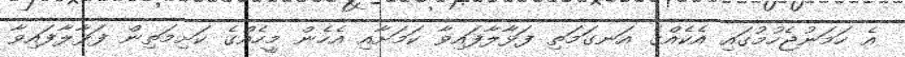
އެ ހަމަނުޖެހުމުގައި އެކެއްގެ އަނގަމަތި ފަޅާލާފައިވާ ކަމަށާއި އެހެން މީހެއްގެ ކަށިމަތިން ފަޅާލާފައިވާ